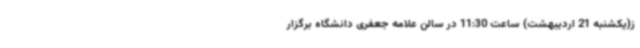
ز(یکشنبه 21 اردیبهشت) ساعت 11:30 در سالن علامه جعفری دانشگاه برگزار